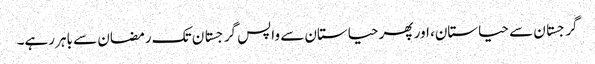
گرجستان سے حیاستان، اور پھر حیاستان سے واپس گرجستان تک رمضان سے باہر رہے۔